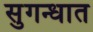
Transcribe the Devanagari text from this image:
सुगन्धात